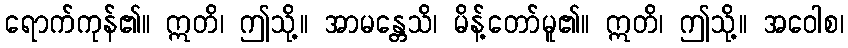
ရောက်ကုန်၏။ ဣတိ၊ ဤသို့။ အာမန္တေသိ၊ မိန့်တော်မူ၏။ ဣတိ၊ ဤသို့။ အဝေါစ၊